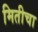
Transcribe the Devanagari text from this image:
मितीचा